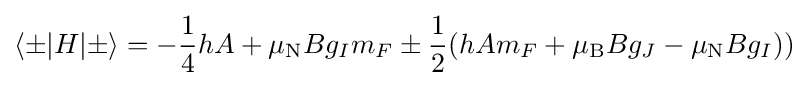
\langle \pm |H|\pm \rangle =-{\frac {1}{4}}hA+\mu _{\rm {N}}Bg_{I}m_{F}\pm {\frac {1}{2}}(hAm_{F}+\mu _{\rm {B}}Bg_{J}-\mu _{\rm {N}}Bg_{I}))